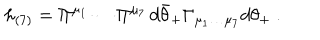
LaTeX: h _ { ( 7 ) } = \Pi ^ { \mu _ { 1 } } \cdots \Pi ^ { \mu _ { 7 } } \, d \bar { \theta } _ { + } \Gamma _ { \mu _ { 1 } \dots \mu _ { 7 } } d \theta _ { + } \ .